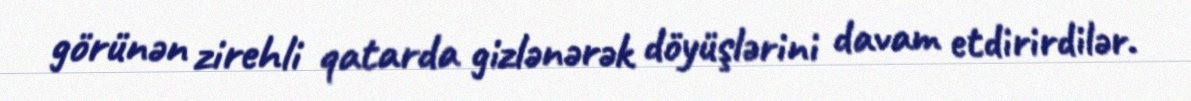
görünən zirehli qatarda gizlənərək döyüşlərini davam etdirirdilər.